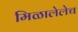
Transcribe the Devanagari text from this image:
मिळालेलेच